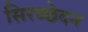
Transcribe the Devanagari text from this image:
सिरच्छेदन